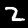
Label: 2